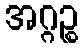
အဂ္ဂဉ္စ